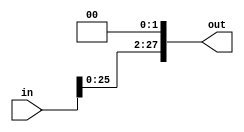
module shift(out,in);
input [27:0] in;
output [27:0] out;
genvar i;
or o3(out[0],0,0);
or o4(out[1],0,0);
generate for (i=0; i<26;i=i+1) begin: some_loop
or o1(out[i+2],in[i],0);
end
endgenerate
endmodule
/*
module muximonitor;
reg [27:0] in;
wire [27:0] out;
shift S1(out,in);
initial
$monitor($time," out=%b in=%b ",out,in);
initial
begin
#20 in=28'h000AFAF;
#40 in=28'h1111111;
#60 $finish;
end
endmodule
*/